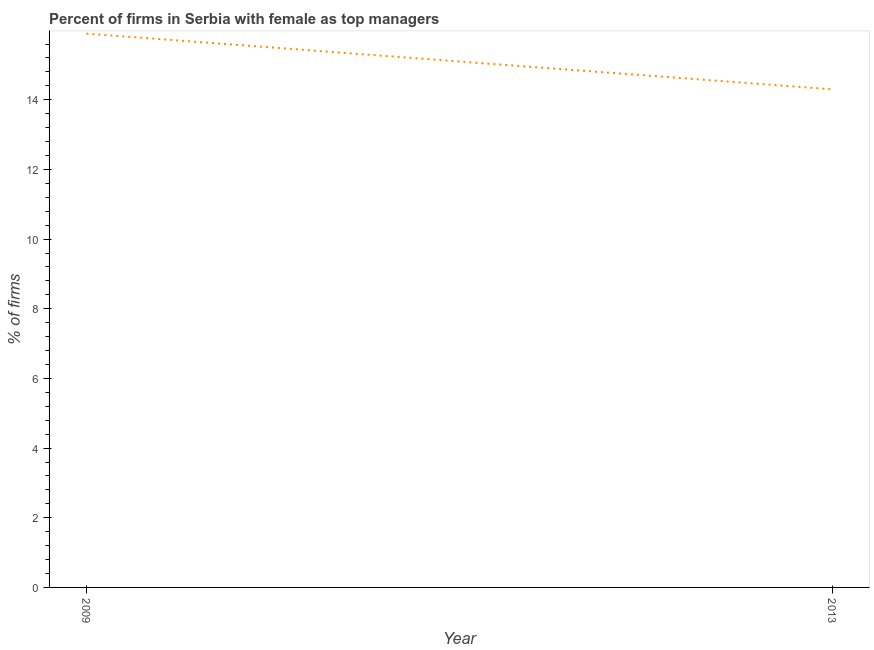
| Year | Firms with female top manager |
 | --- | --- |
 | 2009 | 15.9 |
 | 2013 | 14.3 |